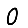
Digit: 0